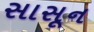
સાસૂન